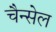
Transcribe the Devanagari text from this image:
चैन्सेल